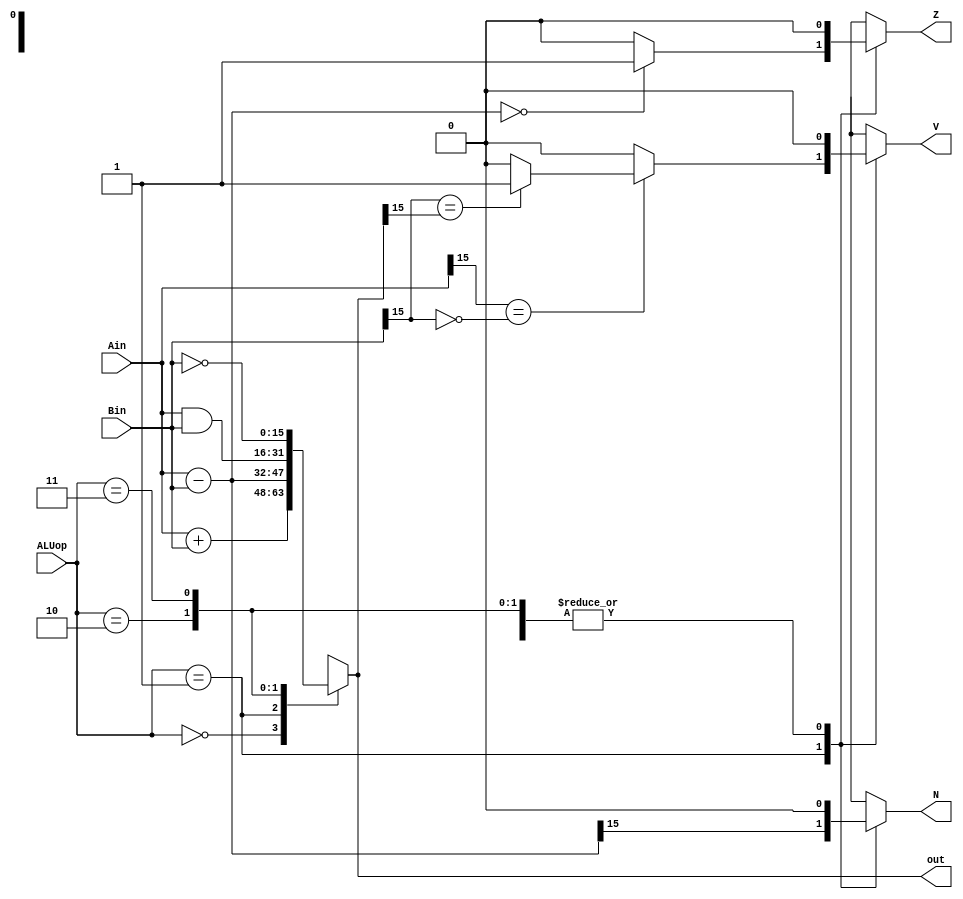
module ALU(Ain,Bin,ALUop,out,Z,V,N);
	input [15:0] Ain, Bin;
	input [1:0] ALUop;
	output [15:0] out;
	output Z, V, N;

	reg [15:0] out;
	reg Z, V, N;
	
	wire a, b, o;
	assign a = Ain[15];
	assign b = Bin[15];
	assign o = out[15];	

	always @* begin
		V = 1'b0;
		N = 1'b0;
		Z = 1'b0;
		case(ALUop)
			2'b00: out = Ain + Bin;
			2'b01: 
				begin
				out = Ain - Bin;
				N = out[15];
				if(a == ~b) begin
					if(b == o) V = 1'b1;
					else V = 1'b0;
				end
				else V = 1'b0;
				/*case(Ain[15])
					1'b1:
						case(Bin[15])
							1'b1:
								case(out[15])
									1'b0: V = 1'b1;
									default: V = 1'b0;
								endcase
							default: V = 1'b0;
						endcase
					default:
						case(Bin[15])
							1'b0:
								case(out[15])
									1'b1: V = 1'b1;
									default: V = 1'b0;
								endcase
							default: V = 1'b0;
						endcase
				endcase*/
				case(out)
					16'b0000000000000000: Z = 1'b1;
					default: Z = 1'b0;
				endcase
				end
			2'b10: out = Ain&Bin;
			2'b11: out = ~Bin;
			default: out = {16{1'bx}};
		endcase
	end
endmodule